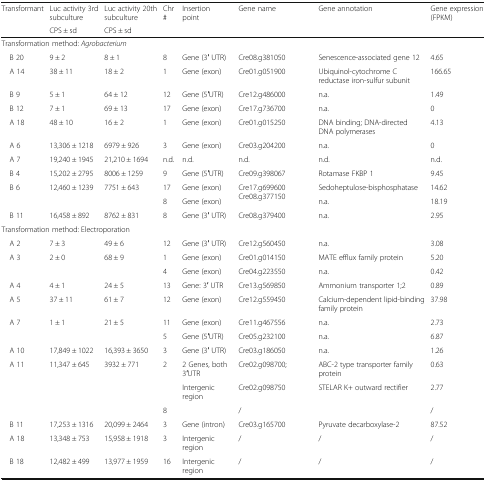
<table><thead><tr><td rowspan="2"><b>Transformant</b></td><td><b>Luc activity 3rd subculture</b></td><td><b>Luc activity 20th subculture</b></td><td rowspan="2"><b>Chr #</b></td><td rowspan="2"><b>Insertion point</b></td><td rowspan="2"><b>Gene name</b></td><td rowspan="2"><b>Gene annotation</b></td><td rowspan="2"><b>Gene expression (FPKM)</b></td></tr><tr><td><b>CPS ± sd</b></td><td><b>CPS ± sd</b></td></tr></thead><tbody><tr><td colspan="8">Transformation method: <i>Agrobacterium</i></td></tr><tr><td> B 20</td><td>9 ± 2</td><td>8 ± 1</td><td>8</td><td>Gene (3′ UTR)</td><td>Cre08.g381050</td><td>Senescence-associated gene 12</td><td>4.65</td></tr><tr><td> A 14</td><td>38 ± 11</td><td>18 ± 2</td><td>1</td><td>Gene (exon)</td><td>Cre01.g051900</td><td>Ubiquinol-cytochrome C reductase iron-sulfur subunit</td><td>166.65</td></tr><tr><td> B 9</td><td>5 ± 1</td><td>64 ± 12</td><td>12</td><td>Gene (5′UTR)</td><td>Cre12.g486000</td><td>n.a.</td><td>1.49</td></tr><tr><td> B 12</td><td>7 ± 1</td><td>69 ± 13</td><td>17</td><td>Gene (exon)</td><td>Cre17.g736700</td><td>n.a.</td><td>0</td></tr><tr><td> A 18</td><td>48 ± 10</td><td>16 ± 2</td><td>1</td><td>Gene (exon)</td><td>Cre01.g015250</td><td>DNA binding; DNA-directed DNA polymerases</td><td>4.13</td></tr><tr><td> A 6</td><td>13,306 ± 1218</td><td>6979 ± 926</td><td>3</td><td>Gene (exon)</td><td>Cre03.g204200</td><td>n.a.</td><td>0</td></tr><tr><td> A 7</td><td>19,240 ± 1945</td><td>21,210 ± 1694</td><td>n.d.</td><td>n.d.</td><td>n.d.</td><td>n.d.</td><td>n.d.</td></tr><tr><td> B 4</td><td>15,202 ± 2795</td><td>8006 ± 1259</td><td>9</td><td>Gene (5′UTR)</td><td>Cre09.g398067</td><td>Rotamase FKBP 1</td><td>9.45</td></tr><tr><td> B 6</td><td>12,460 ± 1239</td><td>7751 ± 643</td><td>17</td><td>Gene (exon)</td><td rowspan="2">Cre17.g699600 Cre08.g377150</td><td>Sedoheptulose-bisphosphatase</td><td>14.62</td></tr><tr><td></td><td></td><td></td><td>8</td><td>Gene (exon)</td><td>n.a.</td><td>18.19</td></tr><tr><td> B 11</td><td>16,458 ± 892</td><td>8762 ± 831</td><td>8</td><td>Gene (3′ UTR)</td><td>Cre08.g379400</td><td>n.a.</td><td>2.95</td></tr><tr><td colspan="8">Transformation method: Electroporation</td></tr><tr><td> A 2</td><td>7 ± 3</td><td>49 ± 6</td><td>12</td><td>Gene (3′ UTR)</td><td>Cre12.g560450</td><td>n.a.</td><td>3.08</td></tr><tr><td rowspan="2"> A 3</td><td rowspan="2">2 ± 0</td><td rowspan="2">68 ± 9</td><td>1</td><td>Gene (exon)</td><td>Cre01.g014150</td><td>MATE efflux family protein</td><td>5.20</td></tr><tr><td>4</td><td>Gene (exon)</td><td>Cre04.g223550</td><td>n.a.</td><td>0.42</td></tr><tr><td> A 4</td><td>4 ± 1</td><td>24 ± 5</td><td>13</td><td>Gene: 3′ UTR</td><td>Cre13.g569850</td><td>Ammonium transporter 1;2</td><td>0.89</td></tr><tr><td> A 5</td><td>37 ± 11</td><td>61 ± 7</td><td>12</td><td>Gene (exon)</td><td>Cre12.g559450</td><td>Calcium-dependent lipid-binding family protein</td><td>37.98</td></tr><tr><td rowspan="2"> A 7</td><td rowspan="2">1 ± 1</td><td rowspan="2">21 ± 5</td><td>11</td><td>Gene (exon)</td><td>Cre11.g467556</td><td>n.a.</td><td>2.73</td></tr><tr><td>5</td><td>Gene (5′UTR)</td><td>Cre05.g232100</td><td>n.a.</td><td>6.87</td></tr><tr><td> A 10</td><td>17,849 ± 1022</td><td>16,393 ± 3650</td><td>3</td><td>Gene (3′ UTR)</td><td>Cre03.g186050</td><td>n.a.</td><td>1.26</td></tr><tr><td rowspan="3"> A 11</td><td rowspan="3">11,347 ± 645</td><td rowspan="3">3932 ± 771</td><td>2</td><td>2 Genes, both 3′UTR</td><td>Cre02.g098700;</td><td>ABC-2 type transporter family protein</td><td>0.63</td></tr><tr><td></td><td>Intergenic region</td><td>Cre02.g098750</td><td>STELAR K+ outward rectifier</td><td>2.77</td></tr><tr><td>8</td><td></td><td>/</td><td></td><td>/</td></tr><tr><td> B 11</td><td>17,253 ± 1316</td><td>20,099 ± 2464</td><td>3</td><td>Gene (intron)</td><td>Cre03.g165700</td><td>Pyruvate decarboxylase-2</td><td>87.52</td></tr><tr><td> A 18</td><td>13,348 ± 753</td><td>15,958 ± 1918</td><td>3</td><td>Intergenic region</td><td>/</td><td>/</td><td>/</td></tr><tr><td> B 18</td><td>12,482 ± 499</td><td>13,977 ± 1959</td><td>16</td><td>Intergenic region</td><td>/</td><td>/</td><td>/</td></tr></tbody></table>